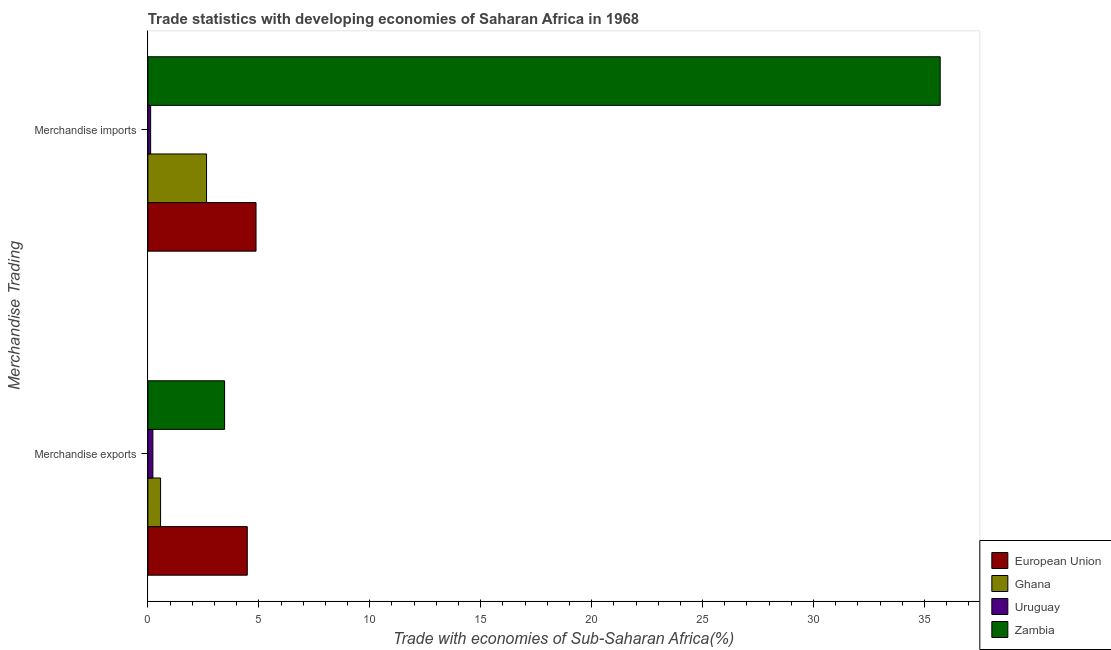
| Merchandise Trading | European Union | Ghana | Uruguay | Zambia |
 | --- | --- | --- | --- | --- |
 | Merchandise exports | 4.48 | 0.573 | 0.226 | 3.46 |
 | Merchandise imports | 4.87 | 2.64 | 0.125 | 35.7 |